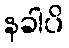
နခါပိ